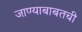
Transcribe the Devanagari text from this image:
जाण्याबाबतची